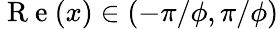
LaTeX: \mathrm{~R~e~}(x)\in(-\pi/\phi,\pi/\phi)